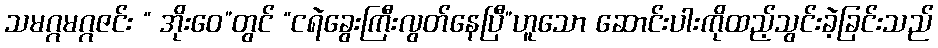
သမဂ္ဂမဂ္ဂဇင်း “ အိုးဝေ”တွင် “ငရဲခွေးကြီးလွတ်နေပြီ”ဟူသော ဆောင်းပါးကိုထည့်သွင်းခဲ့ခြင်းသည်